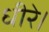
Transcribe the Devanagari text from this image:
धीरे।